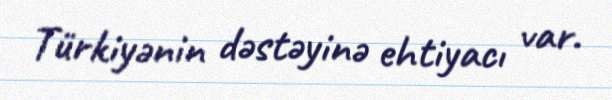
Türkiyənin dəstəyinə ehtiyacı var.